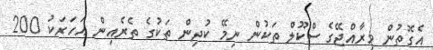
އެގޮތުން މިރާއްޖޭގެ ސްކޫލް ތަކުން ނިމޭ ކުދިން ތަކުގެ ތެރެއިން އަހަރަކު 200